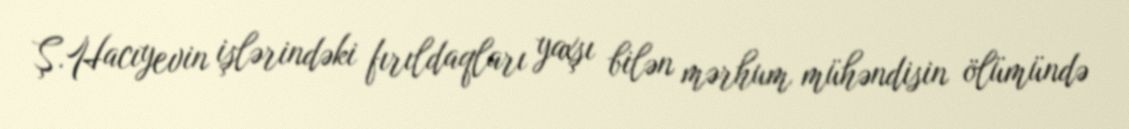
Ş.Hacıyevin işlərindəki fırıldaqları yaxşı bilən mərhum mühəndisin ölümündə